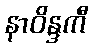
နာဝိန္ဒကီ